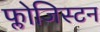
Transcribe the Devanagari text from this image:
फ्लोजिस्टन